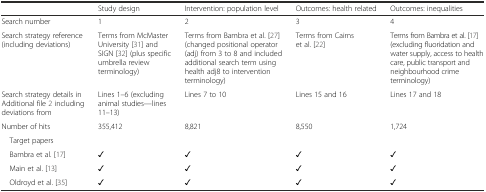
|  | Study design | Intervention: population level | Outcomes: health related | Outcomes: inequalities |
 | --- | --- | --- | --- | --- |
 | Search number | 1 | 2 | 3 | 4 |
 | Search strategy reference (including deviations) | Terms from McMaster University [31] and SIGN [32] (plus specific umbrella review terminology) | Terms from Bambra et al. [27] (changed positional operator (adj) from 3 to 8 and included additional search term using health adj8 to intervention terminology) | Terms from Cairns et al. [22] | Terms from Bambra et al. [17] (excluding fluoridation and water supply, access to health care, public transport and neighbourhood crime terminology) |
 | Search strategy details in Additional file 2 including deviations from | Lines 1–6 (excluding animal studies—lines 11–13) | Lines 7 to 10 | Lines 15 and 16 | Lines 17 and 18 |
 | Number of hits | 355,412 | 8,821 | 8,550 | 1,724 |
 | Target papers |  |  |  |  |
 | Bambra et al. [17] | ✓ | ✓ | ✓ | ✓ |
 | Main et al. [13] | ✓ | ✓ | ✓ | ✓ |
 | Oldroyd et al. [35] | ✓ | ✓ | ✓ | ✓ |